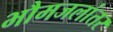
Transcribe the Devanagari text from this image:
भौमजलांतर